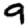
Digit: 9